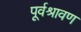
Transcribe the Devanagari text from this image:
पूर्वश्रावण